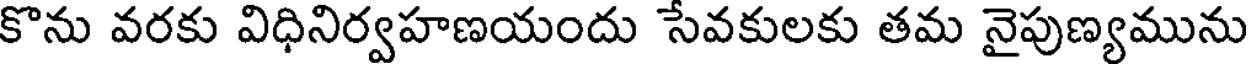
కొను వరకు విధినిర్వహణయందు సేవకులకు తమ నైపుణ్యమును